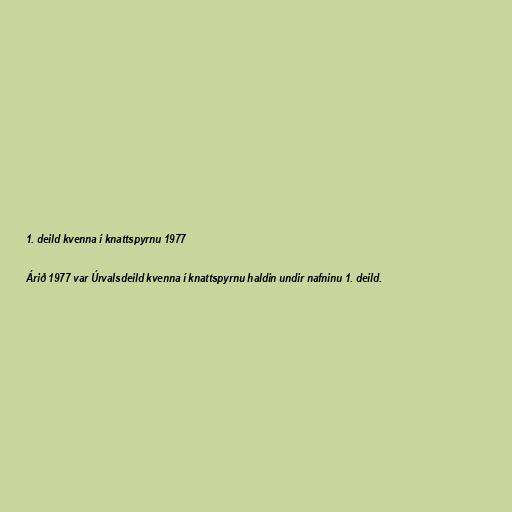
1. deild kvenna í knattspyrnu 1977

Árið 1977 var Úrvalsdeild kvenna í knattspyrnu haldin undir nafninu 1. deild.